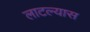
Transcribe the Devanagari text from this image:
लाटल्यास